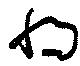
將